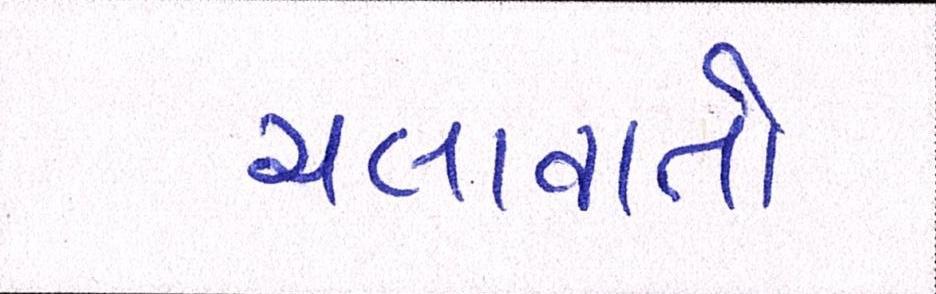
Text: ચલાવાતો